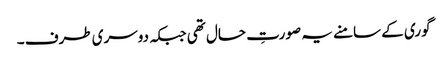
گوری کے سامنے یہ صورتِ حال تھی جبکہ دوسری طرف ۔